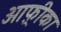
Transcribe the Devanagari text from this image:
आफ़्रीका